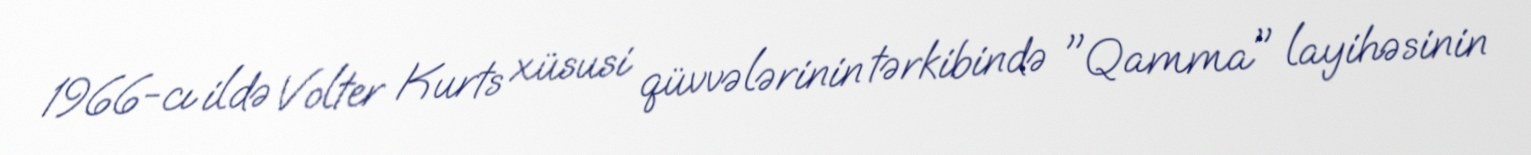
1966-cı ildə Volter Kurts xüsusi qüvvələrinin tərkibində "Qamma" layihəsinin